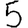
Digit: 5